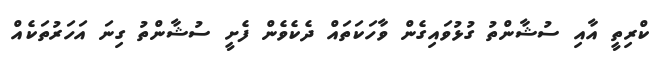
ކްރިތީ އާއި ސުޝާންތު ގުޅުވައިގެން ވާހަކަތައް ދެކެވެން ފެށީ ސުޝާންތު ގިނަ އަހަރުތަކެއް